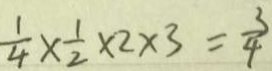
\frac { 1 } { 4 } \times \frac { 1 } { 2 } \times 2 \times 3 = \frac { 3 } { 4 }